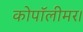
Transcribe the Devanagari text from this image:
कोपॉलीमर।